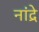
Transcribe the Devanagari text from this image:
नांद्रे